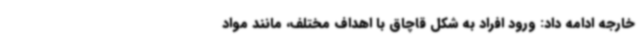
خارجه ادامه داد: ورود افراد به شکل قاچاق با اهداف مختلف، مانند مواد